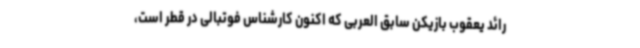
رائد یعقوب بازیکن سابق العربی که اکنون کارشناس فوتبالی در قطر است،